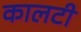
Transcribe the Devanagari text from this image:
कालटी